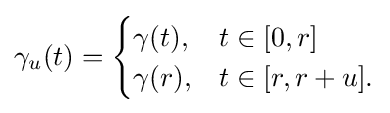
\gamma _{u}(t)={\begin{cases}\gamma (t),&t\in [0,r]\\\gamma (r),&t\in [r,r+u].\end{cases}}